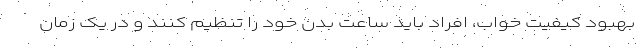
بهبود کیفیت خواب، افراد باید ساعت بدن خود را تنظیم کنند و در یک زمان